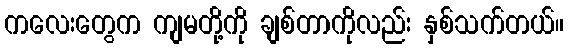
ကလေးတွေက ကျမတို့ကို ချစ်တာကိုလည်း နှစ်သက်တယ်။